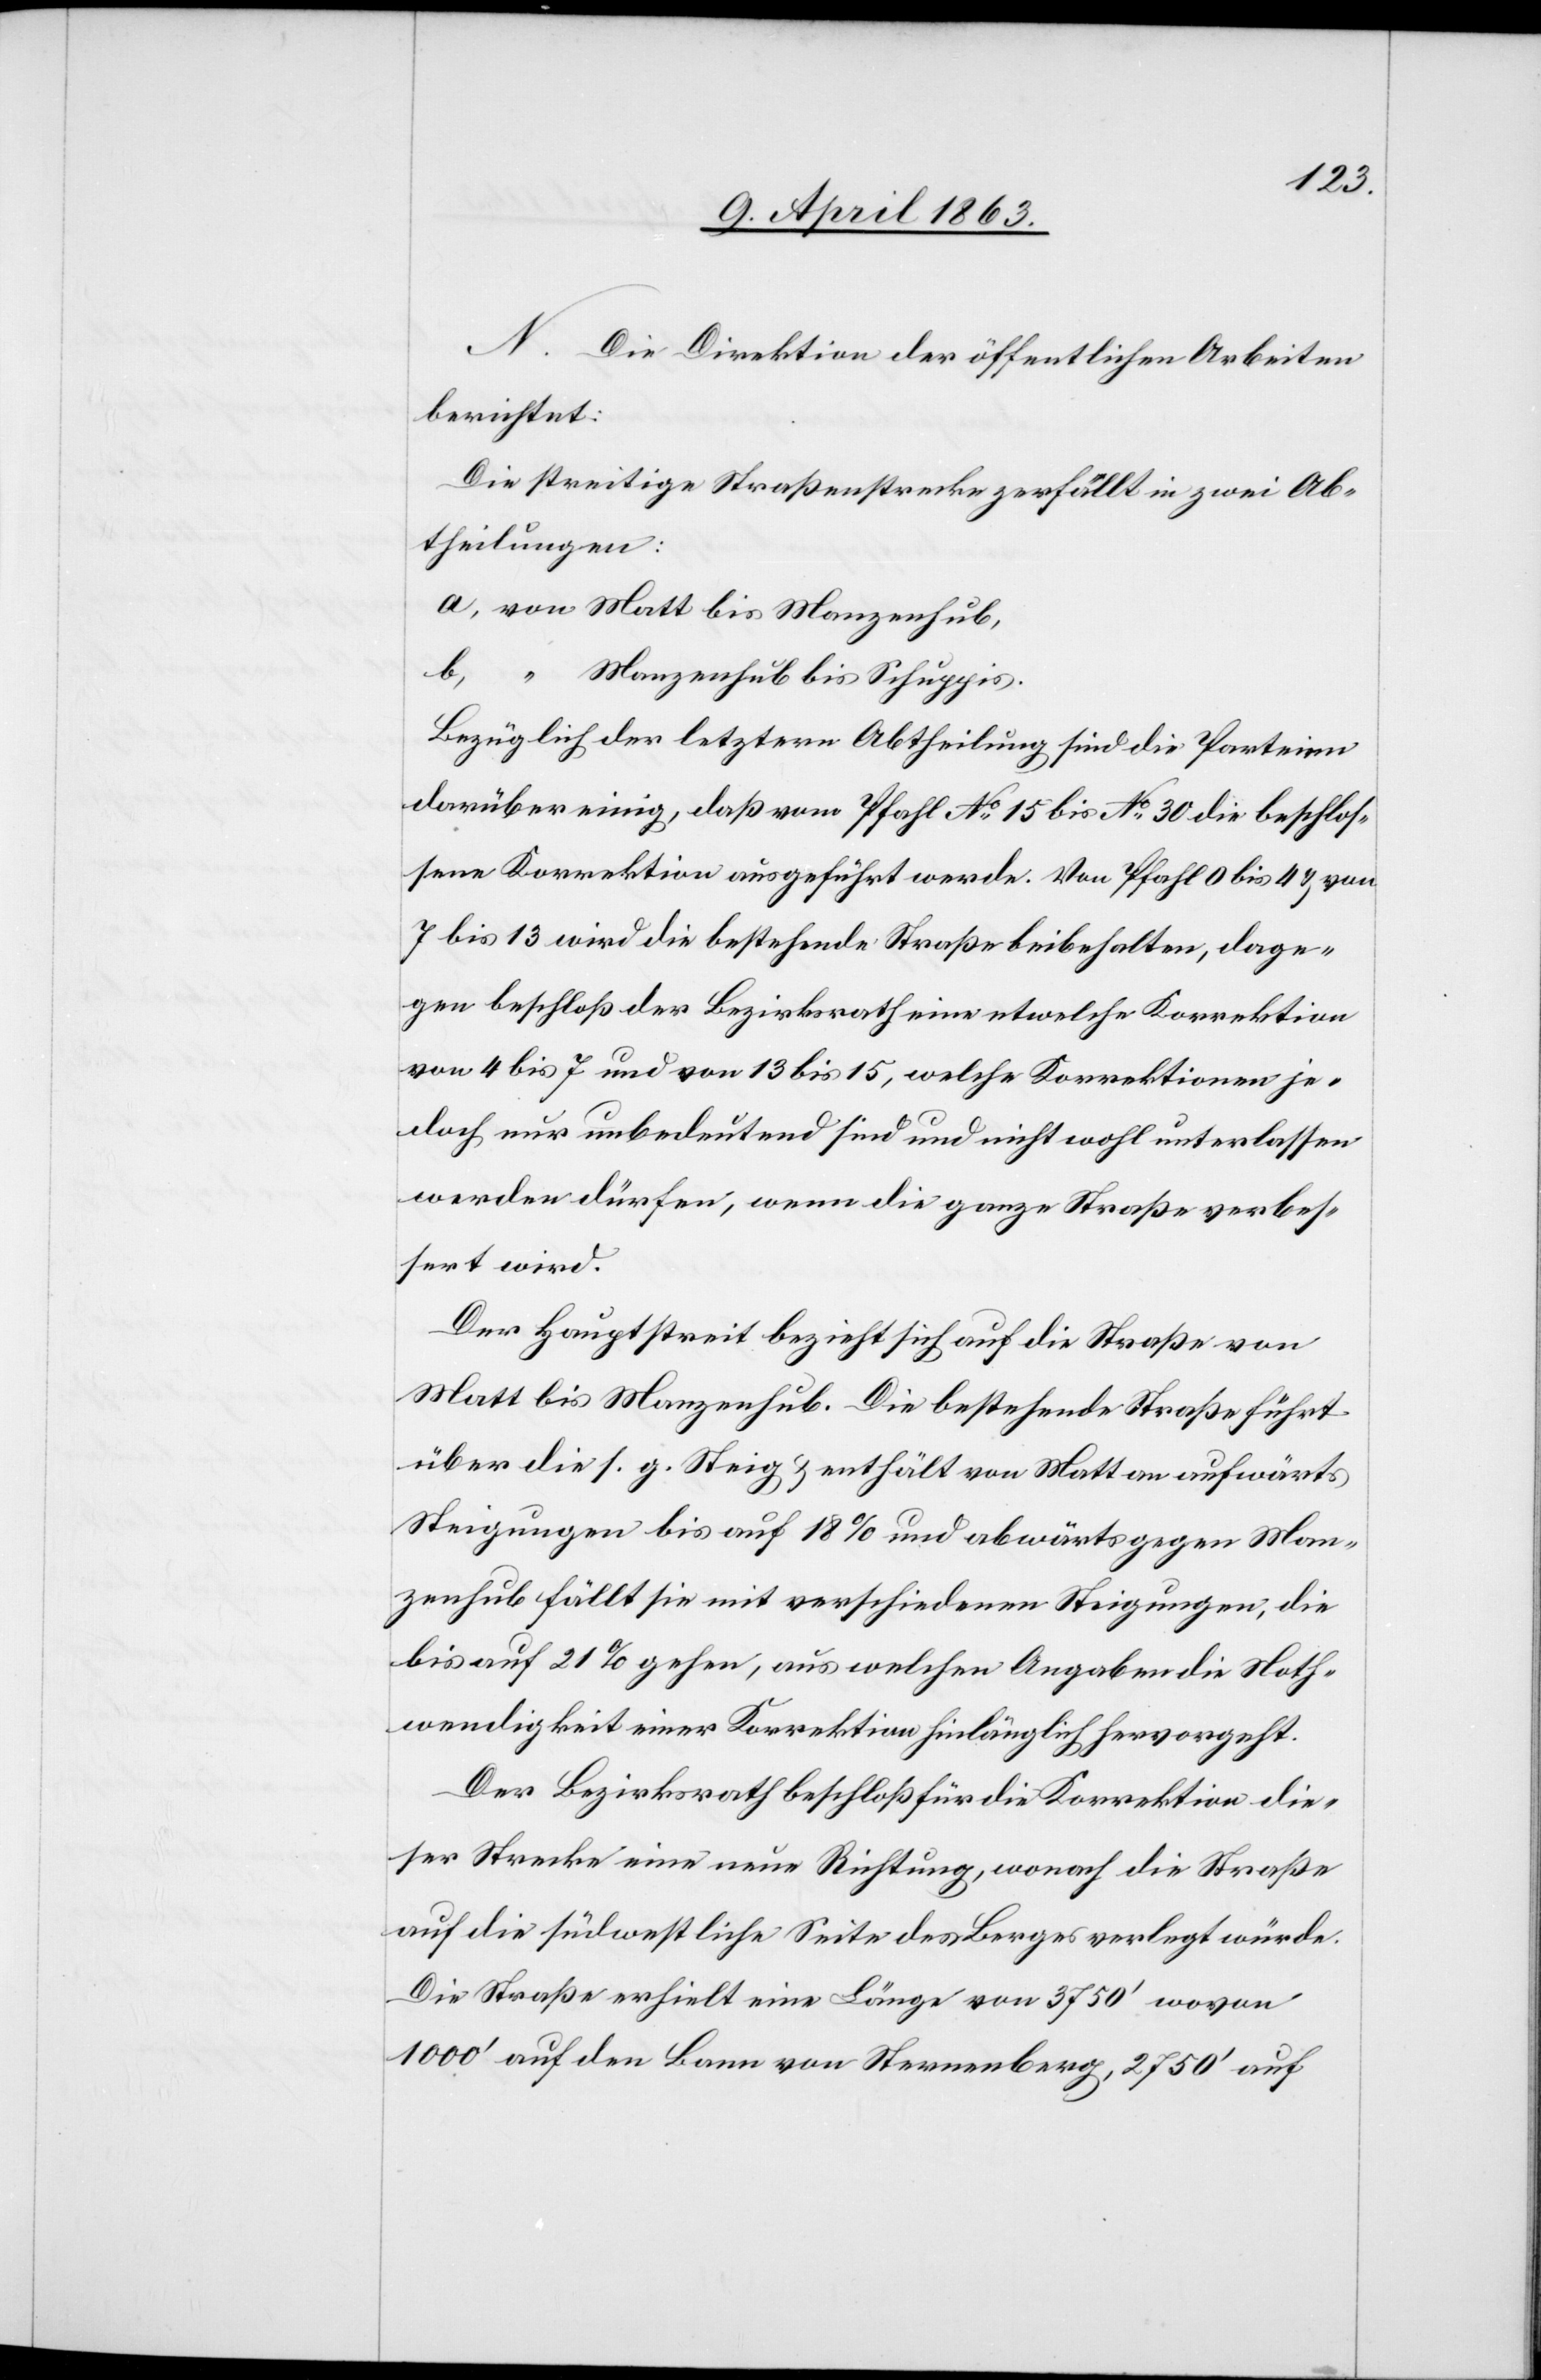
N. Die Direktion der öffentlichen Arbeiten
berichtet:
Die streitige Straßenstrecke zerfällt in zwei Ab¬
theilungen:
a) von Matt bis Manzenhub,
Bezüglich der letztern Abtheilung sind die Parteien
darüber einig, daß vom Pfahl No 15 bis No 30 die beschlos¬
sene Korrektion ausgeführt werde. Von Pfahl 0 bis 4 & von
7 bis 13 wird die bestehende Straße beibehalten, dage¬
gen beschloß der Bezirksrath eine etwelche Korrektion
von 4 bis 7 und von 13 bis 15, welche Korrektionen je¬
doch nur unbedeutend sind und nicht wohl unterlassen
werden dürfen, wenn die ganze Straße verbes¬
sert wird.
Der Hauptstreit bezieht sich auf die Straße von
Matt bis Manzenhub. Die bestehende Straße führt
über die s. g. Steig & enthält von Matt an aufwärts
Steigungen bis auf 18% und abwärts gegen Man¬
zenhub fällt sie mit verschiedenen Steigungen, die
bis auf 21% gehen, aus welchen Angaben die Noth¬
wendigkeit einer Korrektion hinlänglich hervorgeht.
Der Bezirksrath beschloß für die Korrektion die¬
ser Strecke eine neue Richtung, wonach die Straße
auf die südwestliche Seite des Berges verlegt würde.
Die Straße erhielt eine Länge von 3750' wovon
1000' auf den Bann von Sternenberg, 2750' auf